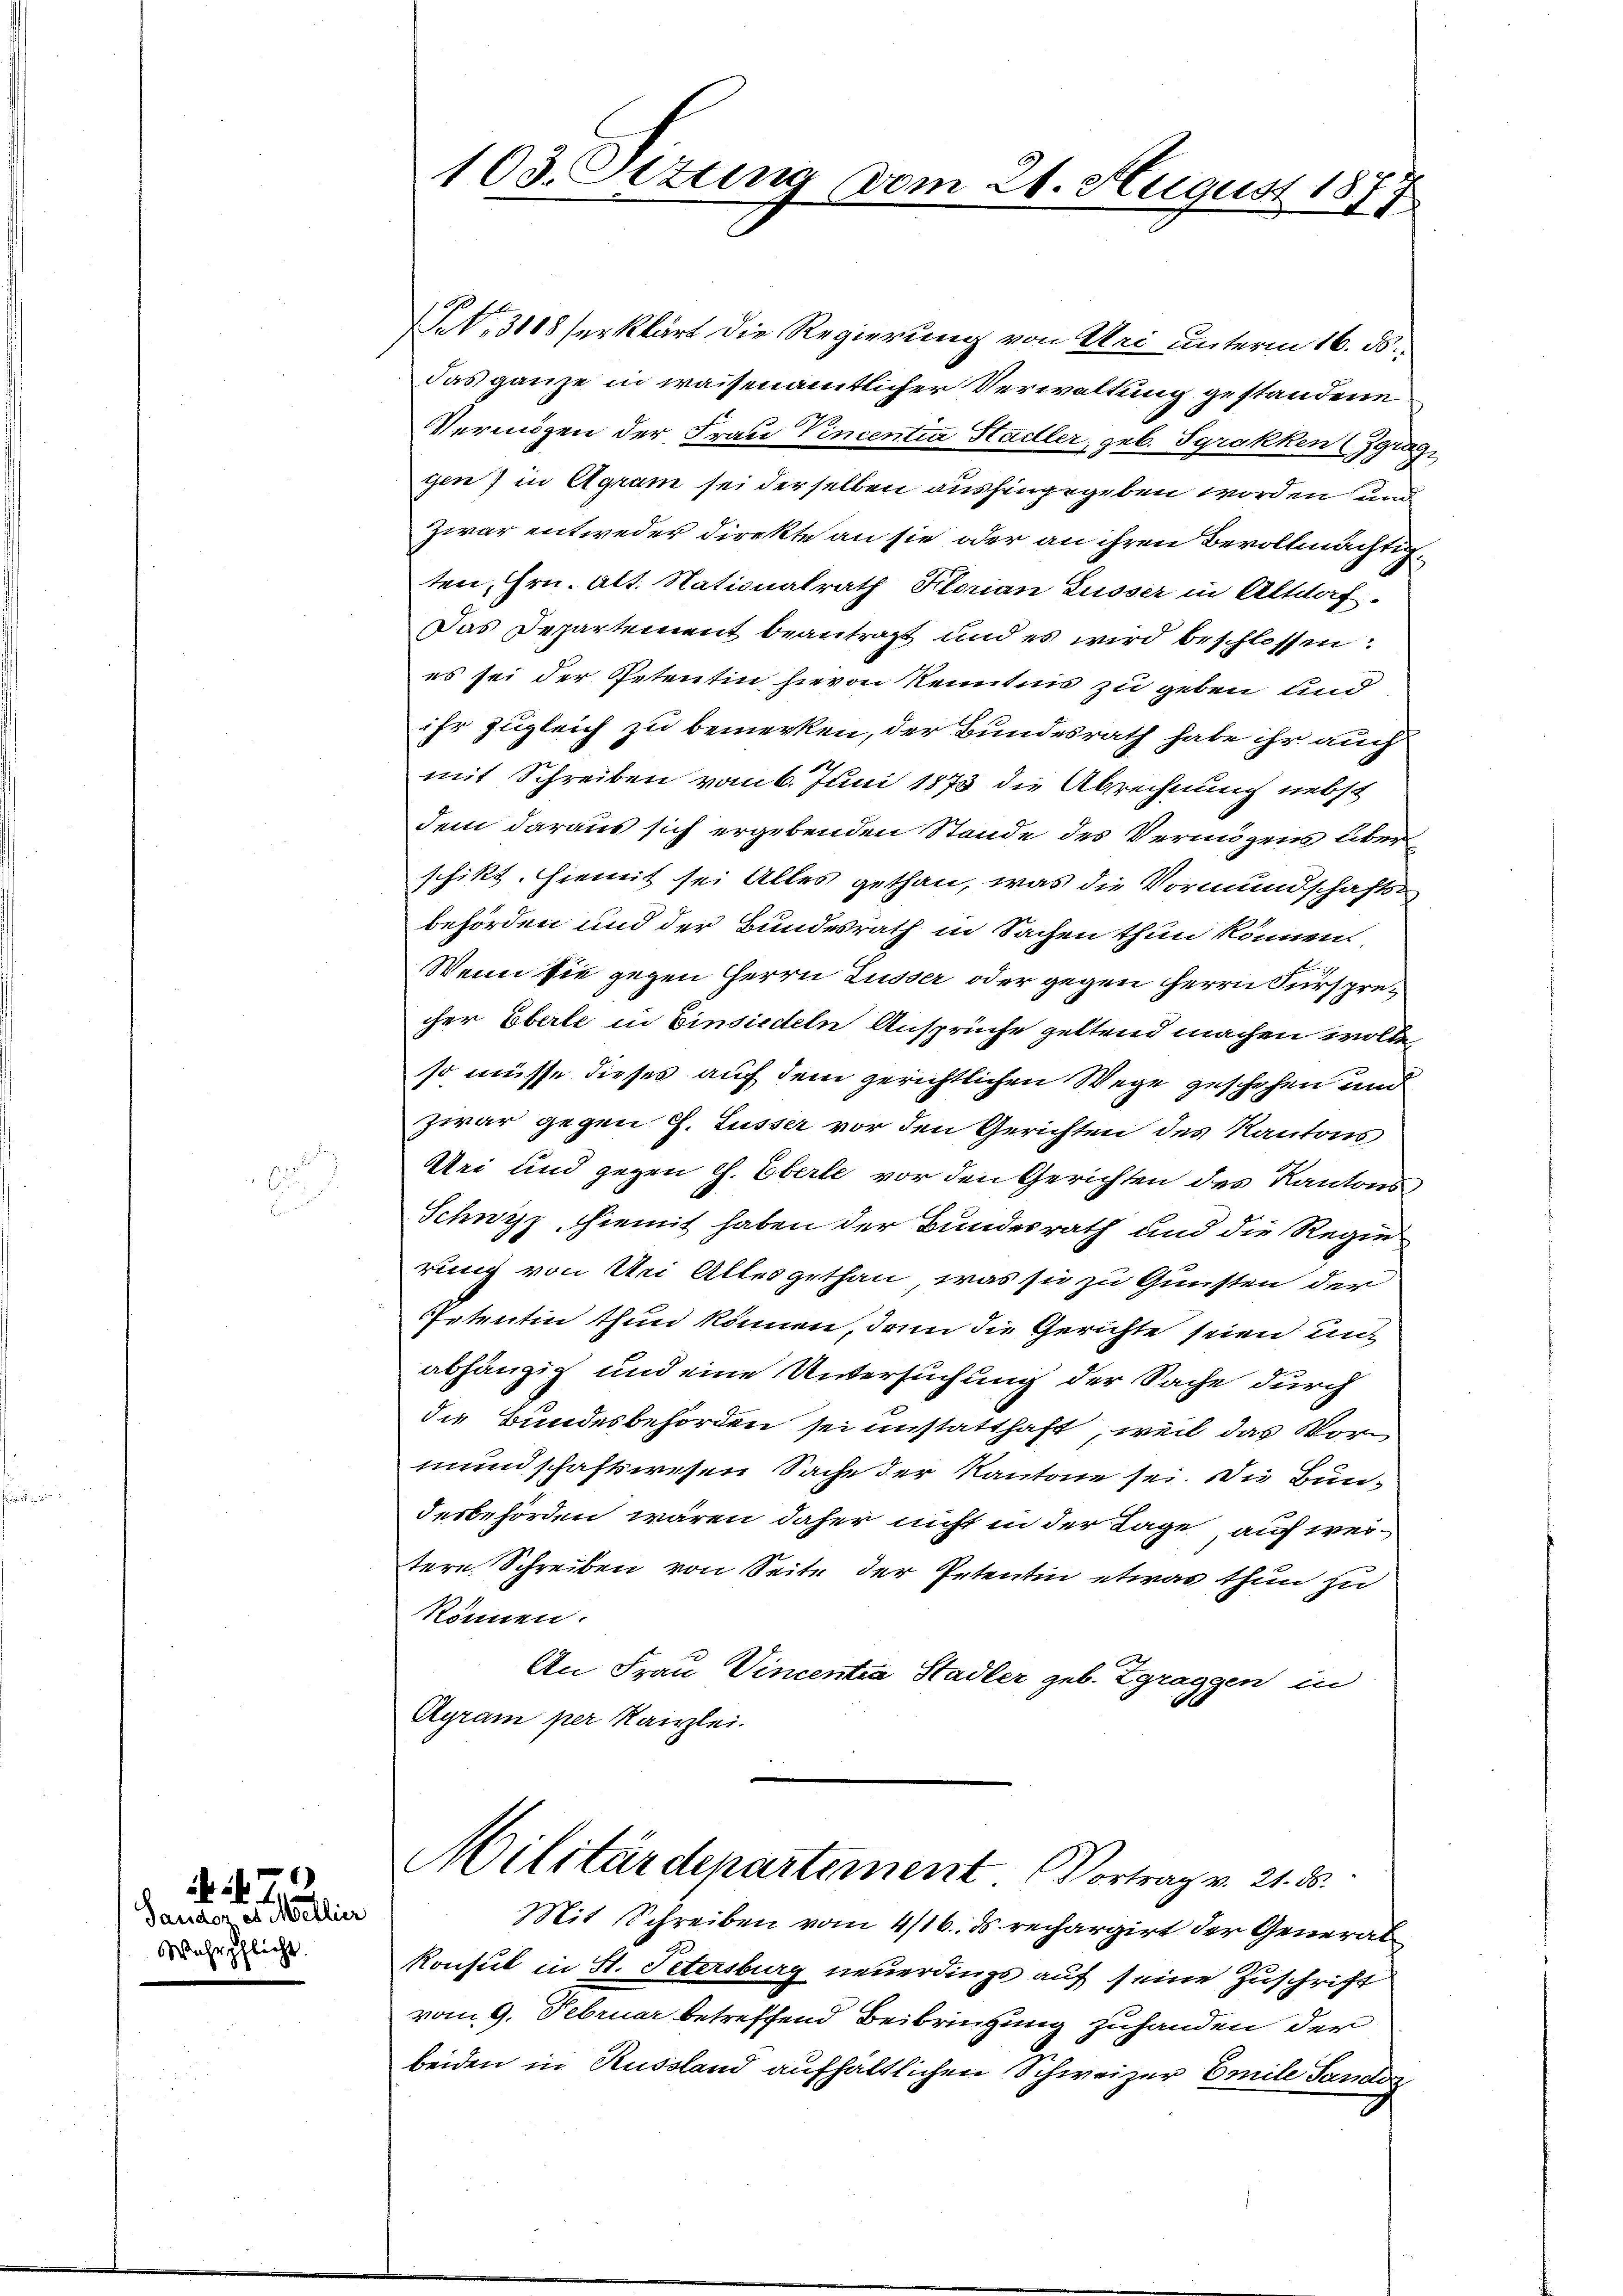
6
d

N. N. Z. 2
Sauder es Mellier
Wehrpflicht.

103. Ottung vom 21. August 1
2

Pct. 3108 serklärt die Regierung von Sei unterm 16. ds.
das ganze in waisenämtlicher Verwaltung gestandene
Vermögen der Frau Vincentia Hadler, geb. Sgrakken (Zgrag
gen) in Agram sei derselben aushingegeben worden und
Zwar entweder Direkte an sie oder an ihren Bevollmächtig
ten, Hrn. Alt. Nationalrath Florian Lusser in Altdorf
Das Departement beantragt und es wird beschlossen:
es sei der Petentin hievon Kenntnis zu geben und
ihr zugleich zu bemerken, der Bundesrath habe ihr auch
mit Schreiben vom 6. Juni 1873 die Abrechnung nebst
dem daraus sich ergebenden Stande des Vermögens über
schikt. Hiemit sei Alles gethan, was die Vormundschaftsbehörden und der Bundesrath in Sachen thun können
Wenn sie gegen Herrn Lusser oder gegen Herrn Fürsprecher Eberle in Einsiedeln Ansprüche geltend machen wolle,
so müsse dieses auf dem gerichtlichen Wege geschehen und
zwar gegen J. Lusser vor den Gerichten des Kantons
Uri und gegen h. Eberle vor den Gerichten des Kantons
Schwyz, hiemit haben der Bundesrath und die Regie
rung von Sei Alles gethan, was sie zu Gunsten der
Petentin thun können, denn die Gerichte seien unt
abhängig und eine Untersuchung der Sache durch
die Bundesbehörden sei unstatthaft, weil das Vormundschaftswesen Sache der Kantone sei. Die Bun-
desbehörden wären daher nicht in der Lage auf weitere Schreiben von Seite der Petentin etwas thun zu
können.
An Frau Vincentia Stadler geb. Zgraggen in
Agram per Kanzlei.
Militärdepartement. Vortrag v. 21. ds.
Mit Schreiben vom 4/16. ds rechargirt der General
Konsul in St. Petersburg neuerdings auf seine Zuschrift
vom 9. Februar betreffend Beibringung zuhanden der
beiden in Russland aufhaltlichen Schweizer Emile Sandsz